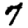
Digit: 7